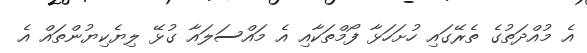
އެ މުއްދަތުގެ ތެރޭގައި ހުށަހަޅާ ފޯމްތަކާއި އެ މައްސަލައާ ގުޅޭ ލިޔެކިޔުންތައް އެ